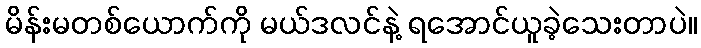
မိန်းမတစ်ယောက်ကို မယ်ဒလင်နဲ့ ရအောင်ယူခဲ့သေးတာပဲ။